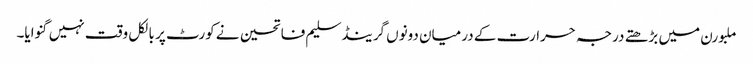
ملبورن میں بڑھتے درجہ حرارت کے درمیان دونوں گرینڈسلیم فاتحین نے کورٹ پر بالکل وقت نہیں گنوایا۔